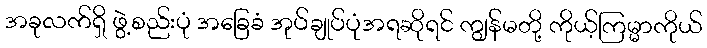
အခုလက်ရှိ ဖွဲ့စည်းပုံ အခြေခံ အုပ်ချုပ်ပုံအရဆိုရင် ကျွန်မတို့ ကိုယ့်ကြမ္မာကိုယ်